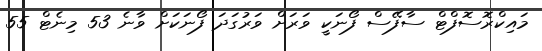
މައިކްރޮސޮފްޓް ސާފޭސް ފޯނަކީ ވަރަށް ވަރުގަދަ ފޯނަކަށް ވާނެ 53 މިނެޓް 55